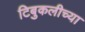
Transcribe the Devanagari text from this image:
टिबुकलीच्‍या